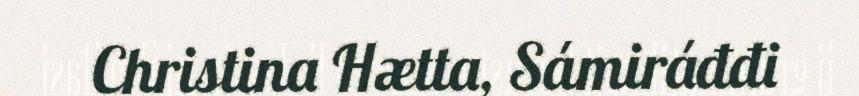
Christina Hætta, Sámiráđđi